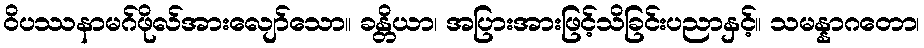
ဝိပဿနာမဂ်ဖိုလ်အားလျော်သော။ ခန္တိယာ၊ အပြားအားဖြင့်သိခြင်းပညာနှင့်။ သမန္နာဂတော၊